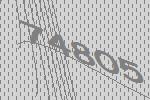
74805